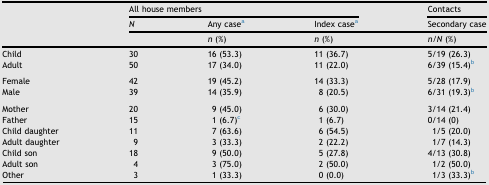
| <ROWSPAN=3>  | <COLSPAN=3> All house members | Contacts |
 | N | Any casea | Index casea | Secondary case |
 |  | n (%) | n (%) | n/N (%) |
 | --- | --- | --- | --- | --- |
 | Child | 30 | 16 (53.3) | 11 (36.7) | 5/19 (26.3) |
 | Adult | 50 | 17 (34.0) | 11 (22.0) | 6/39 (15.4)b |
 | <COLSPAN=5>  |
 | Female | 42 | 19 (45.2) | 14 (33.3) | 5/28 (17.9) |
 | Male | 39 | 14 (35.9) | 8 (20.5) | 6/31 (19.3)b |
 | <COLSPAN=5>  |
 | Mother | 20 | 9 (45.0) | 6 (30.0) | 3/14 (21.4) |
 | Father | 15 | 1 (6.7)c | 1 (6.7) | 0/14 (0) |
 | Child daughter | 11 | 7 (63.6) | 6 (54.5) | 1/5 (20.0) |
 | Adult daughter | 9 | 3 (33.3) | 2 (22.2) | 1/7 (14.3) |
 | Child son | 18 | 9 (50.0) | 5 (27.8) | 4/13 (30.8) |
 | Adult son | 4 | 3 (75.0) | 2 (50.0) | 1/2 (50.0) |
 | Other | 3 | 1 (33.3) | 0 (0.0) | 1/3 (33.3)b |